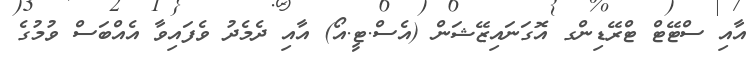
އާއި ސްޓޭޓް ޓްރޭޑިންގ އޮގަނައިޒޭޝަން (އެސް.ޓީ.އޯ) އާއި ދެމެދު ވެފައިވާ އެއްބަސް ވުމުގެ